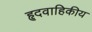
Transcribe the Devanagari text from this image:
हृदवाहिकीय